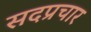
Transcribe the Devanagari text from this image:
सदप्रचार